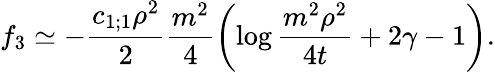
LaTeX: f_{3}\simeq-\frac{c_{1;1}\rho^{2}}{2}\frac{m^{2}}{4}\left(\log\frac{m^{2}\rho^{2}}{4t}+2\gamma-1\right).